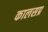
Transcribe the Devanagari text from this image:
कालसप्र